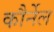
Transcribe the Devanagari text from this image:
कौर्नेल